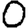
Digit: 0